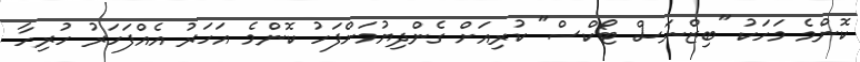
ކޮންމެ މަހަކު "ބިޒްނަސް ޓޯކްސް" ކުރިއަށް ގެންދިޔުމަށްފަހު ކޮންމެ އަހަރު އެއްފަހަރު ހުރިހާ